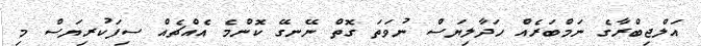
އަލްޖިބްރާގެ ނަމްބަރެއް ހަދާލިޔަސް ނުވަތަ ގޮތް ނޭނގޭ ކޮންމެ އެއްޗެއް ސިފަކުރިޔަސް މި